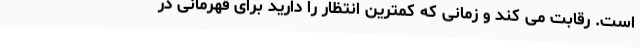
است. رقابت می کند و زمانی که کمترین انتظار را دارید برای قهرمانی در